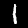
Digit: 1